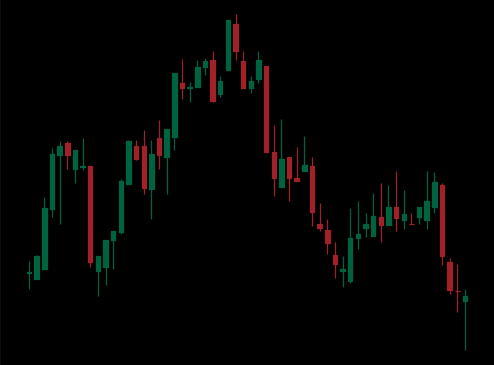
Pattern: head_shoulders